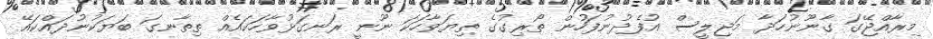
މިރާއްޖޭގަ ގާނޫނުހަދާ މަޖިލީސް އުފެދުނުފަހުން ތޯރިގުގެ ތިޔަވާހަކަ ނޫނީ ރަނގަޅުވާހަކައެއް ތިތާނގަ ބަޔަކުނުދައްކައޭ